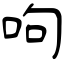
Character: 呴